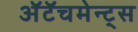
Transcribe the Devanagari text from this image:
अॅटॅचमेन्ट्‌स